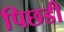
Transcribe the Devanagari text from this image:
पिछडी